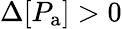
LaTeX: \Delta[P_{\mathrm{a}}]>0